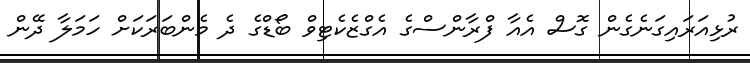
ރުޅިއަރައިގަނެގެން ގޮސް އެއާ ފްރާންސްގެ އެގްޒެކެޓިވް ބޯޑްގެ ދެ މެންބަރަކަށް ހަމަލާ ދޭން